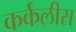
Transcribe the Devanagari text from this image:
कर्कलीस